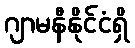
ဂျာမနီနိုင်ငံရှိ